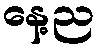
နေ့ည